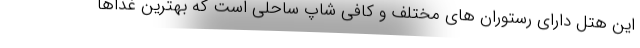
این هتل دارای رستوران های مختلف و کافی شاپ ساحلی است که بهترین غذاها